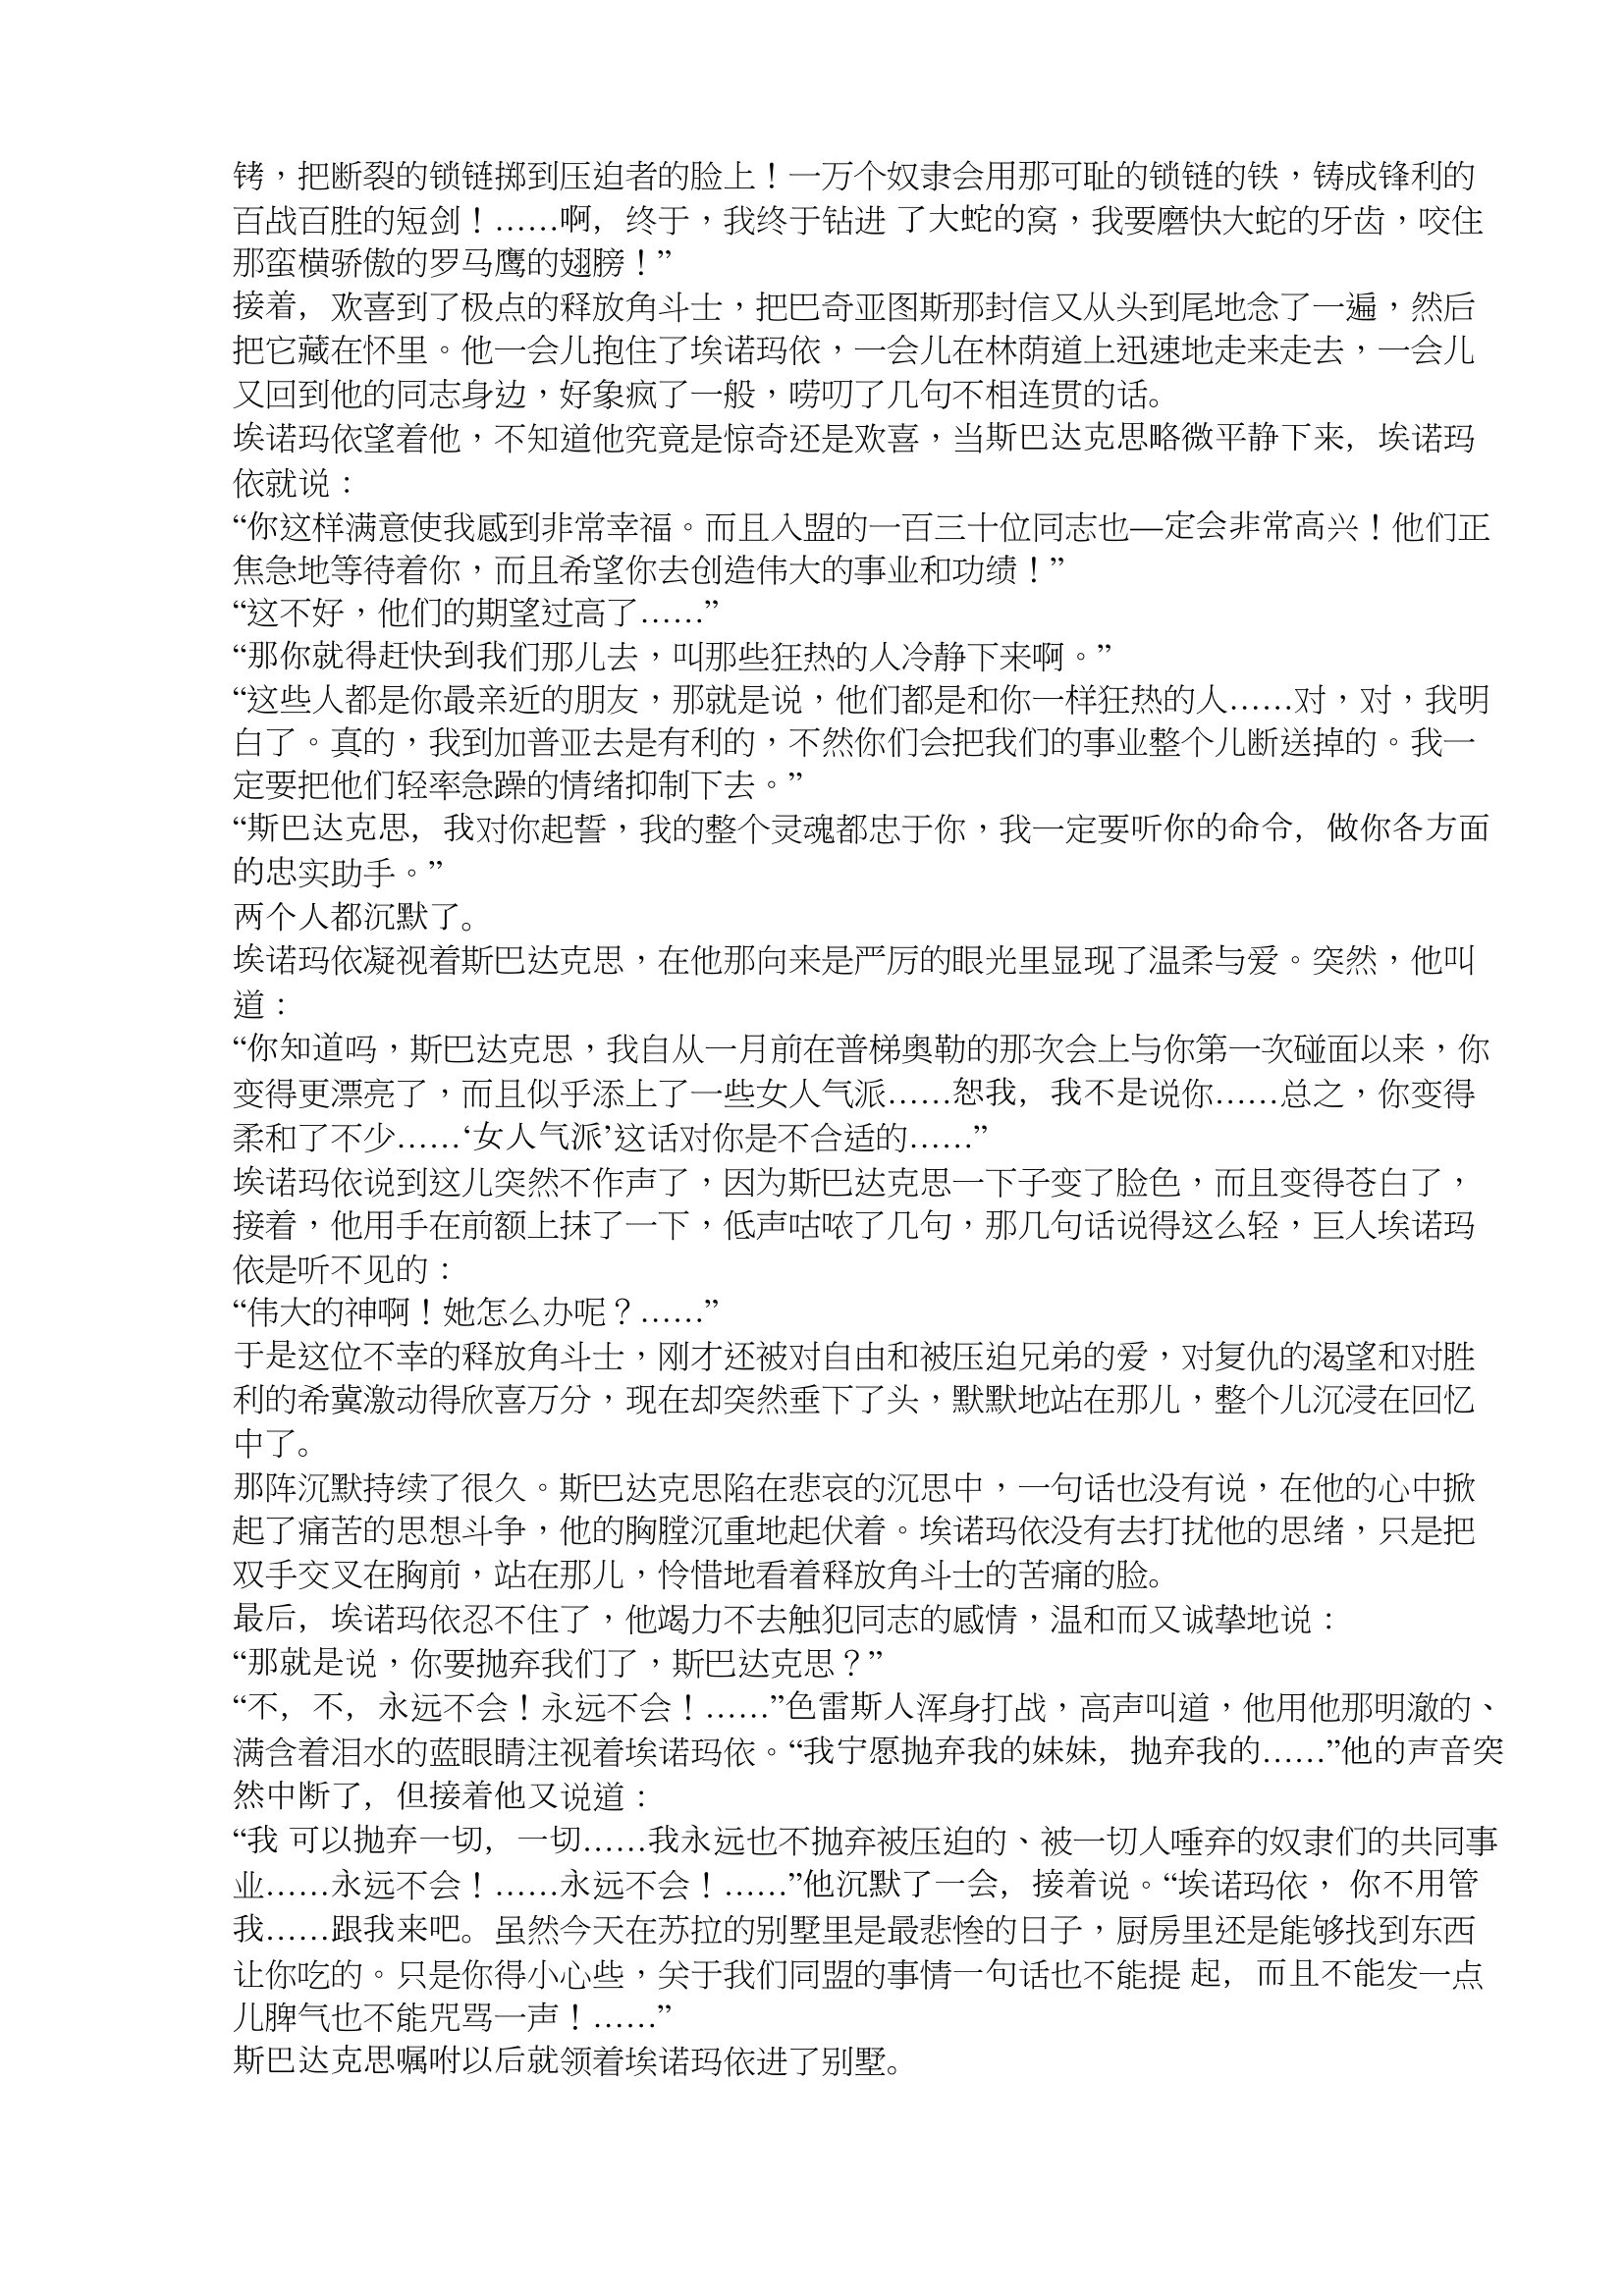
Language: zh